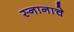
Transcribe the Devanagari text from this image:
स्नानाचे